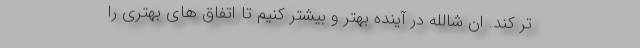
تر کند. ان شالله در آینده بهتر و بیشتر کنیم تا اتفاق های بهتری را